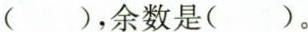
( )，余数是( )。